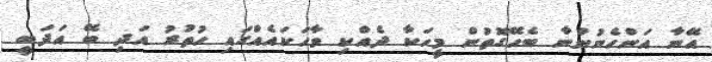
އޭނާ އަންހެނުންނާ ބެހޭގޮތުން މީހަކާ ދެއްކި ވާހަކައެއްގައި ހުތުރު އަދި ބޭ އަދަބީ